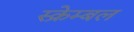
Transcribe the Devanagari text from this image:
स्क्रेम्बल